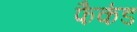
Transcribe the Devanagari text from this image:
फैकंड